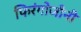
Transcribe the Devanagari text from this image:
फिरंगोजीनी